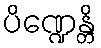
ပိဏ္ဍေန္တိ